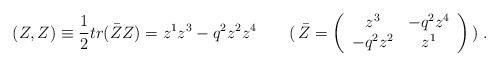
\begin{align*}(Z,Z) \equiv \frac{1}{2} tr( \bar{Z}Z)= z^1z^3-q^2z^2z^4 \qquad( \, \bar{Z}= \left( \begin{array}{cc} z^3 & -q^2 z^4 \\ -q^2 z^2 & z^1 \end{array} \right) \,) \;.\end{align*}